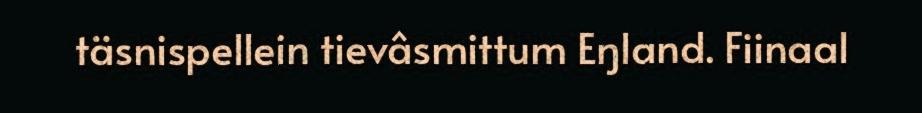
täsnispellein tievâsmittum Eŋland. Fiinaal